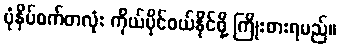
ပုံနှိပ်စက်တလုံး ကိုယ်ပိုင်ဝယ်နိုင်ဖို့ ကြိုးစားရမည်။